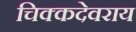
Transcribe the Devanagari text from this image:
चिक्कदेवराय